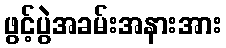
ဖွင့်ပွဲအခမ်းအနားအား